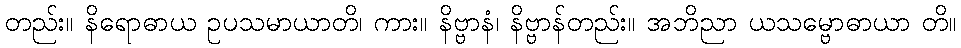
တည်း။ နိရောဓာယ ဥပသမာယာတိ၊ ကား။ နိဗ္ဗာနံ၊ နိဗ္ဗာန်တည်း။ အဘိညာ ယသမ္ဗောဓာယာ တိ။